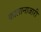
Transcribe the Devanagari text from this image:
कालानाजारी